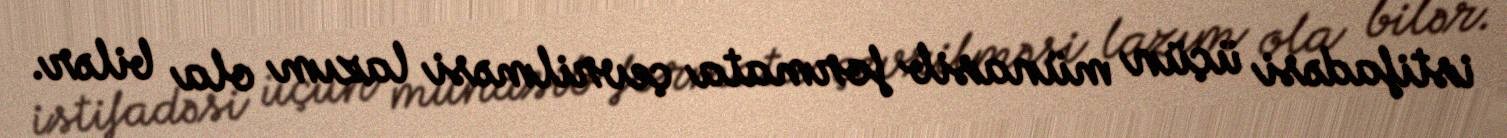
istifadəsi üçün münasib formata çevrilməsi lazım ola bilər.